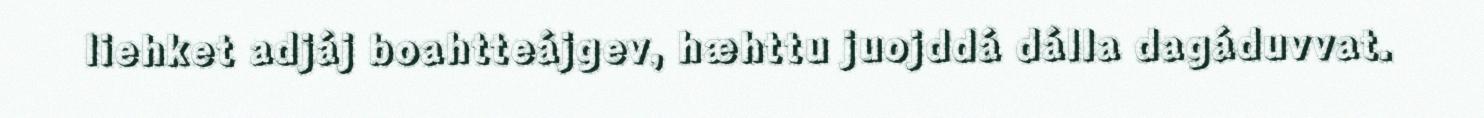
liehket adjáj boahtteájgev, hæhttu juojddá dálla dagáduvvat.